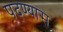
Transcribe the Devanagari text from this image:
पदण्यास